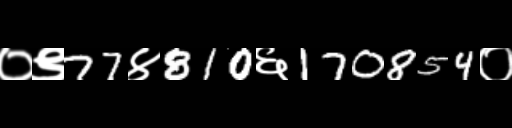
Text: ०९77४810६170854०